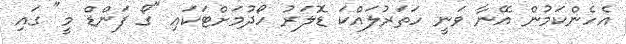
އެހެންކަމުން އޭނާ ވަނީ ހަތަރުލައްކަ ޑޮލަރު ހޯދުމަށްޓަކައި "ގޯ ފަންޑް މީ" ގައި